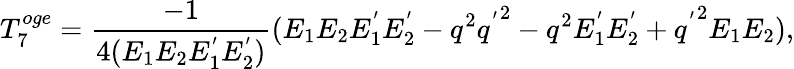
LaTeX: T_{7}^{oge}={\frac{-1}{4(E_{1}E_{2}E_{1}^{'}E_{2}^{'})}}(E_{1}E_{2}E_{1}^{'}E_{2}^{'}-q^{2}{q^{'}}^{2}-q^{2}E_{1}^{'}E_{2}^{'}+{q^{'}}^{2}E_{1}E_{2}),